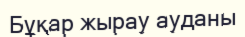
Бұқар жырау ауданы